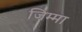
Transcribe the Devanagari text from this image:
जिम्‍मा